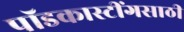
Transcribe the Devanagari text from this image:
पॉडकास्टींगसाठी